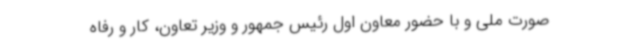
صورت ملی و با حضور معاون اول رئیس جمهور و وزیر تعاون، کار و رفاه